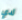
لدي